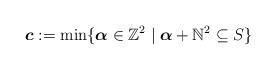
LaTeX: \begin{align*}\boldsymbol{c}:=\min\{\boldsymbol{\alpha}\in \mathbb Z^2\mid \boldsymbol{\alpha}+\mathbb N^2\subseteq S\}\end{align*}